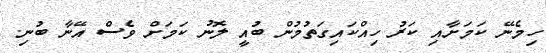
ހިމެނޭ ކަމަށާއި ކަރު ހިއްކައިގަތުމުން ބުއީ ލޮނު ކަމަށް ވެސް އޭނާ ބުނި.